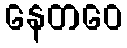
နေတဝေ